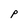
Character: P